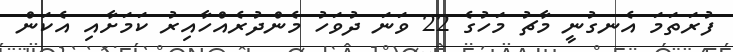
ފުރަތަމަ އެނގުނީ މާޗު މަހުގެ 22 ވަނަ ދުވަހު މެންދުރެއްހާއިރު ކަމަށާއި އެކަން